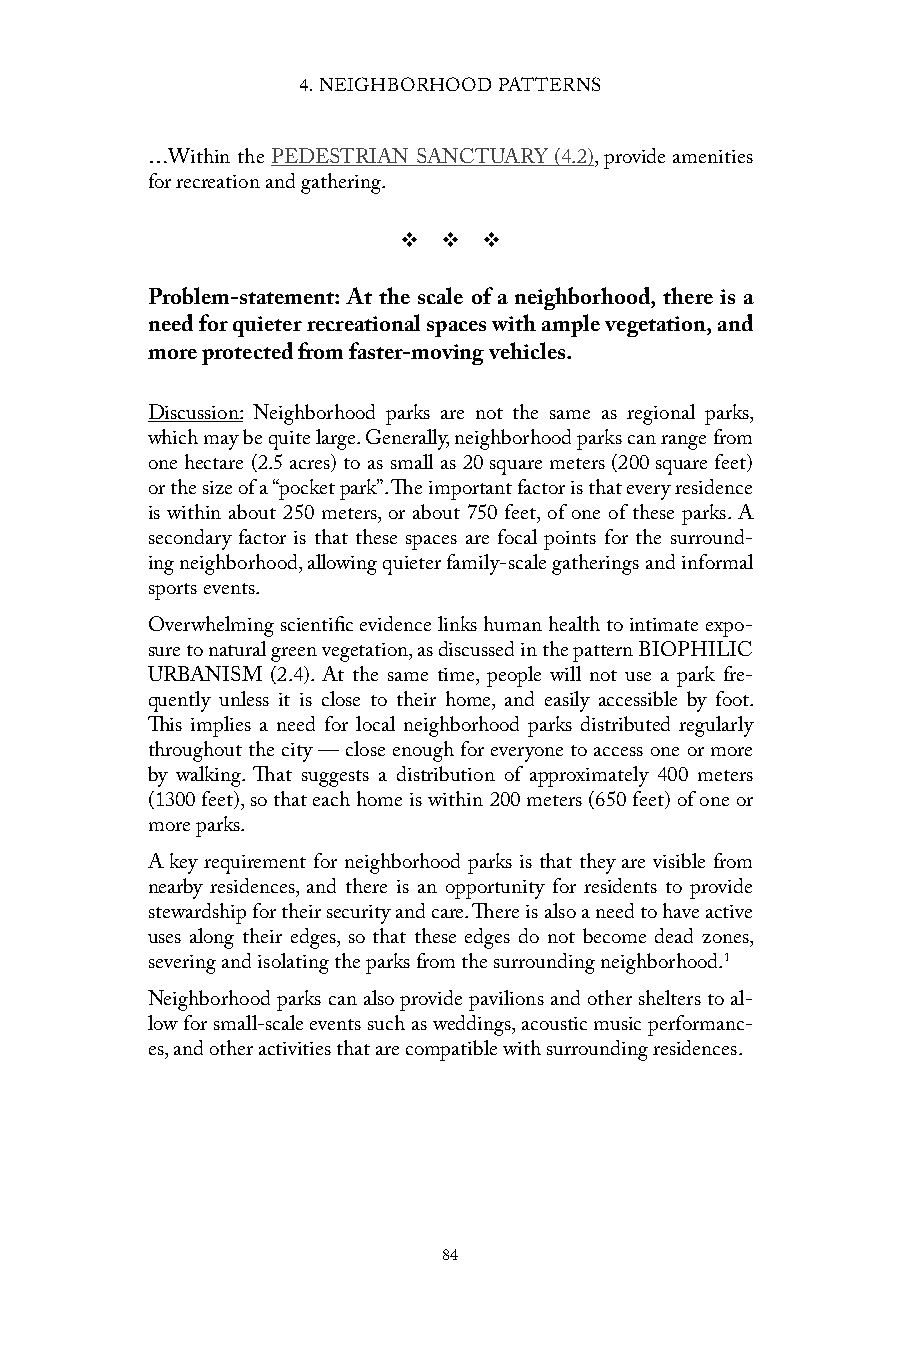
4. NEIGHBORHOOD PATTERNS
 …Within the PEDESTRIAN SANCTUARY (4.2), provide amenities
 for recreation and gathering.
 v  v  v
 Problem-statement: At the scale of a neighborhood, there is a
 need for quieter recreational spaces with ample vegetation, and
 more protected from faster-moving vehicles.
 Discussion: Neighborhood parks are not the same as regional parks,
 which may be quite large. Generally, neighborhood parks can range from
 one hectare (2.5 acres) to as small as 20 square meters (200 square feet)
 or the size of a “pocket park”. The important factor is that every residence
 is within about 250 meters, or about 750 feet, of one of these parks. A
 secondary factor is that these spaces are focal points for the surround-
 ing neighborhood, allowing quieter family-scale gatherings and informal
 sports events.
 Overwhelming scientific evidence links human health to intimate expo-
 sure to natural green vegetation, as discussed in the pattern BIOPHILIC
 URBANISM (2.4). At the same time, people will not use a park fre-
 quently unless it is close to their home, and easily accessible by foot.
 This implies a need for local neighborhood parks distributed regularly
 throughout the city — close enough for everyone to access one or more
 by walking. That suggests a distribution of approximately 400 meters
 (1300 feet), so that each home is within 200 meters (650 feet) of one or
 more parks.
 A key requirement for neighborhood parks is that they are visible from
 nearby residences, and there is an opportunity for residents to provide
 stewardship for their security and care. There is also a need to have active
 uses along their edges, so that these edges do not become dead zones,
 severing and isolating the parks from the surrounding neighborhood.1
 Neighborhood parks can also provide pavilions and other shelters to al-
 low for small-scale events such as weddings, acoustic music performanc-
 es, and other activities that are compatible with surrounding residences.
 84